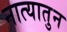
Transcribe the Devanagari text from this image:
नात्यातुन